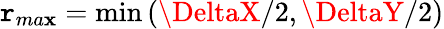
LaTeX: \mathtt{r}_{ma\mathbf{x}}=\operatorname*{min}\left(\DeltaX/2,\DeltaY/2\right)